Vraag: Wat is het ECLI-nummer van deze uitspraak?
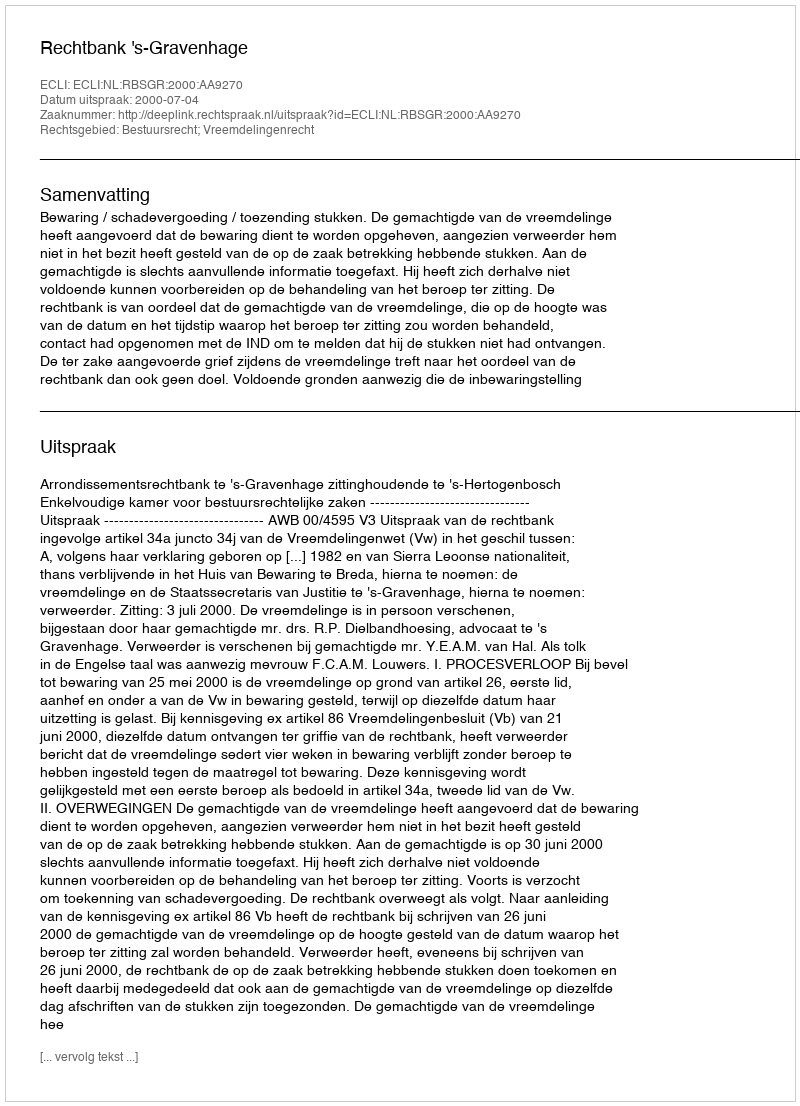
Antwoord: ECLI:NL:RBSGR:2000:AA9270